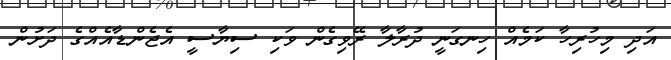
އަދި މިހުރިހާ ކަމެއް ހިނގަނީ ދުރާލާ ރޭވިގެން ވަކި ސިޔާސީ އެޖެންޑާއެއްގެ ދަށުން